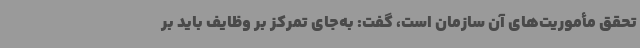
تحقق مأموریت‌های آن سازمان است، گفت: به‌جای تمرکز بر وظایف باید بر